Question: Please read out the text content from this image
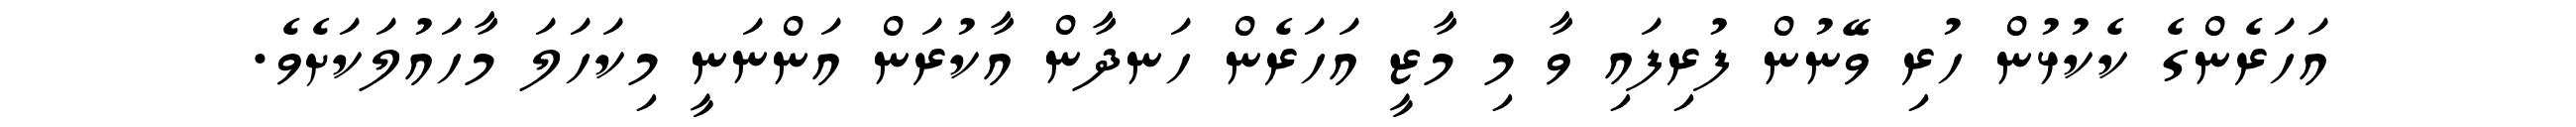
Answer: އަހަރެންގެ ކެކުޅުން ހުރި ވޭނުން ފުރިފައި ވާ މި މާޒީ އަހަރެން ހަނދާން އާކުރަން އަންނަނީ މިކަހަލަ މާހައުލަކަށެވެ.